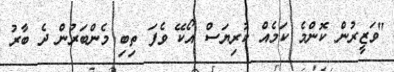
"ވަޒީރުން ކޮންމެ ކަމެއް ކުރިޔަސް އޯކޭ ވެފަ ތިބި މެންބަރުން ދެ ބާރު